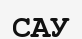
САУ